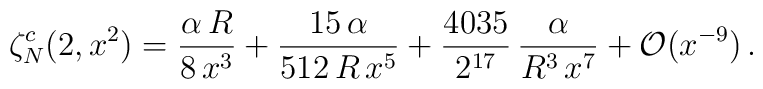
\zeta_N^c(2,x^2)=\frac{\alpha\,R}{8\,x^3}+\frac{15\,\alpha}{512\,R\,x^5}+\frac{4035}{2^{17}}\,\frac{\alpha}{R^3\,x^7}+{\cal O}(x^{-9})\,{.}